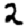
Digit: 2